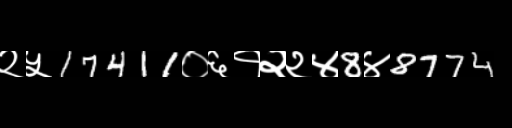
Text: २५17411०६१२२४8४8774